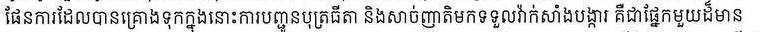
ផែនការដែលបានគ្រោងទុកក្នុងនោះការបញ្ជូនបុត្រធីតា និងសាច់ញាតិមកទទួលវ៉ាក់សាំងបង្ការ គឺជាផ្នែកមួយដ៏មាន